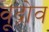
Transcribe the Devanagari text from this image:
वूद्रोव